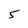
Character: 5